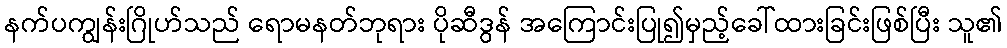
နက်ပကျွန်းဂြိုဟ်သည် ရောမနတ်ဘုရား ပိုဆီဒွန် အကြောင်းပြု၍မှည့်ခေါ်ထားခြင်းဖြစ်ပြီး သူ၏